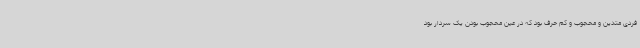
فردی متدین و محجوب و کم حرف بود که در عین محجوب بودن یک سردار بود